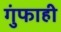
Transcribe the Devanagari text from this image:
गुंफाही